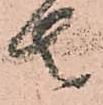
去